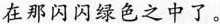
在那闪闪绿色之中了。